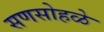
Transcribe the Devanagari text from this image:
सणसोहळे